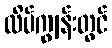
လိပ်ကျွန်းတွင်